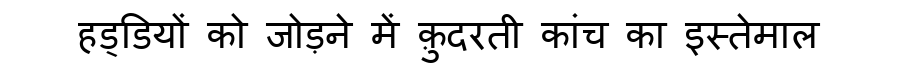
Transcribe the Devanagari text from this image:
हड्डियों को जोड़ने में क़ुदरती कांच का इस्तेमाल